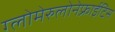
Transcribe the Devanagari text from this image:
ग्लोमेरुलोनेफ्राईटिस